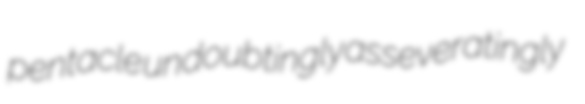
pentacle undoubtingly asseveratingly